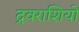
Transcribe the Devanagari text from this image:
द्रवराशियों